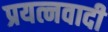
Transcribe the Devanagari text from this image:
प्रयत्नवादी